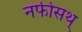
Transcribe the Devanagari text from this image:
नफीसथ्